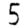
Digit: 5